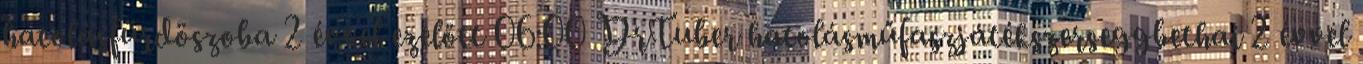
hatolásfürdöszoba 2 évvel ezelőtt 06:00 DrTuber hatolásműfaszjátékszerseggbethai 2 évvel